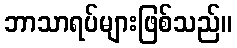
ဘာသာရပ်များဖြစ်သည်။